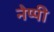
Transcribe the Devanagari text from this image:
नेप्पी